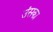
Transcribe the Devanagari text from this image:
उंसका